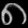
Digit: ၈